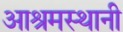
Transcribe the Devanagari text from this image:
आश्रमस्थानी